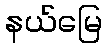
နယ်မြေ